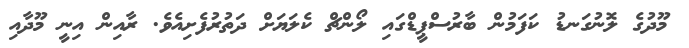
މޫދުގެ ލޮނުގަނޑު ކަފަމުން ބާރުސްޕީޑްގައި ލޯންޗް ކެލަޔަށް ދަތުރުފެށިއެވެ. ރާއިން އިނީ މޫދާއި